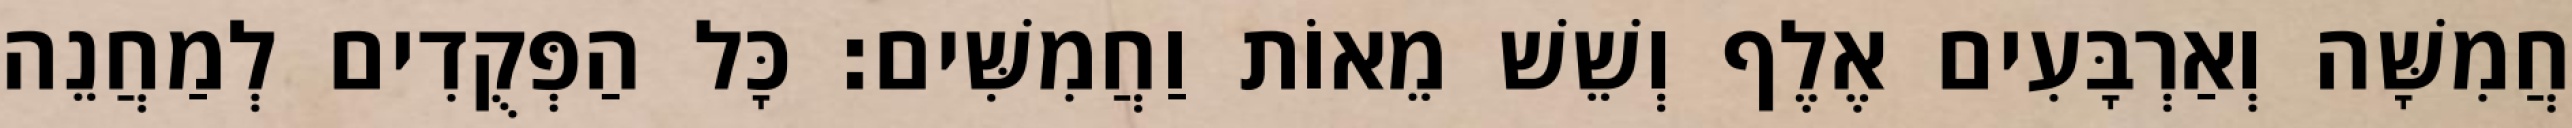
חֲמִשָּׁה וְאַרְבָּעִים אֶלֶף וְשֵׁשׁ מֵאוֹת וַחֲמִשִּׁים׃ כָּל הַפְּקֻדִים לְמַחֲנֵה